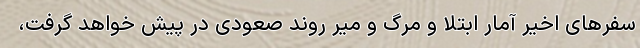
سفرهای اخیر آمار ابتلا و مرگ و میر روند صعودی در پیش خواهد گرفت،